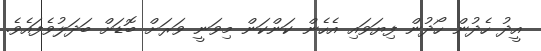
އީދު ހެދުން ހޯދުން ފިޔަވައި އެހެން ކަންކަން މިވަނީ ވަރަށް ބޮޑަށް ބަދަލުވެފައެވެ.